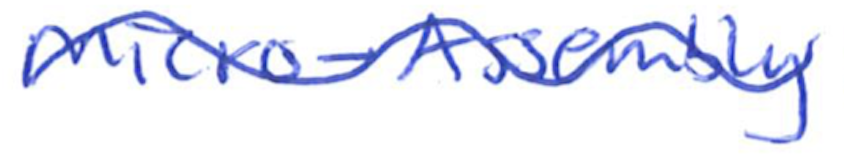
Text: Micro-Assembly
Cross-out: wave
Writing tool: ballpoint